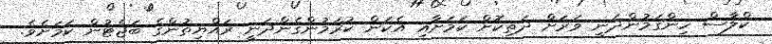
ކްލާސް ހިންގަމުންދަނީ ވަރަށް ދަތިކޮށް ކަމަށާއި އެކަން ކުރަމުންގެންދަނީ ރައްޔިތުންގެ ބަޖެޓުން ކަމަށެވެ.